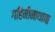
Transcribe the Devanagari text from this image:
गहिनीनाथाचा